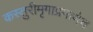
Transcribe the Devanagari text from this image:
कस्तुरीमृगाप्रमाणेच